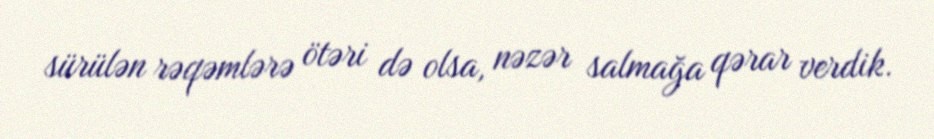
sürülən rəqəmlərə ötəri də olsa, nəzər salmağa qərar verdik.